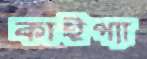
কাইপ্যা